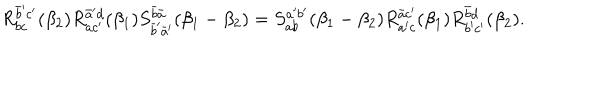
R _ { b c } ^ { \bar { b } ^ { \prime } c ^ { \prime } } ( \beta _ { 2 } ) R _ { a c ^ { \prime } } ^ { \bar { a } ^ { \prime } d } ( \beta _ { 1 } ) S _ { \bar { b } ^ { \prime } \bar { a } ^ { \prime } } ^ { \bar { b } \bar { a } } ( \beta _ { 1 } - \beta _ { 2 } ) = S _ { a b } ^ { a ^ { \prime } b ^ { \prime } } ( \beta _ { 1 } - \beta _ { 2 } ) R _ { a ^ { \prime } c } ^ { \bar { a } c ^ { \prime } } ( \beta _ { 1 } ) R _ { b ^ { \prime } c ^ { \prime } } ^ { \bar { b } d } ( \beta _ { 2 } ) .